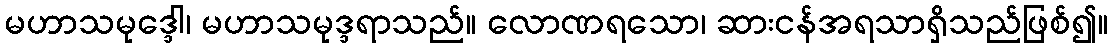
မဟာသမုဒ္ဒေါ၊ မဟာသမုဒ္ဒရာသည်။ လောဏရသော၊ ဆားငန်အရသာရှိသည်ဖြစ်၍။